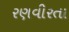
રણવીરતા